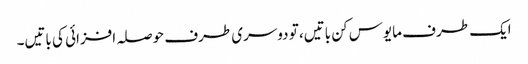
ایک طرف مایوس کن باتیں، تو دوسری طرف حوصلہ افزائی کی باتیں۔